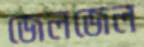
জেলজেল